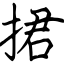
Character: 捃